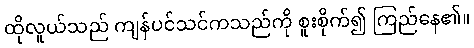
ထိုလူယ်သည် ကျန်ပင်သင်ကသည်ကို စူးစိုက်၍ ကြည်နေ၏။